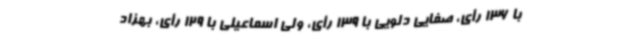
با 136 رأی، صفایی دلویی با 139 رأی، ولی اسماعیلی با 129 رأی، بهزاد